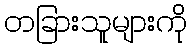
တခြားသူများကို